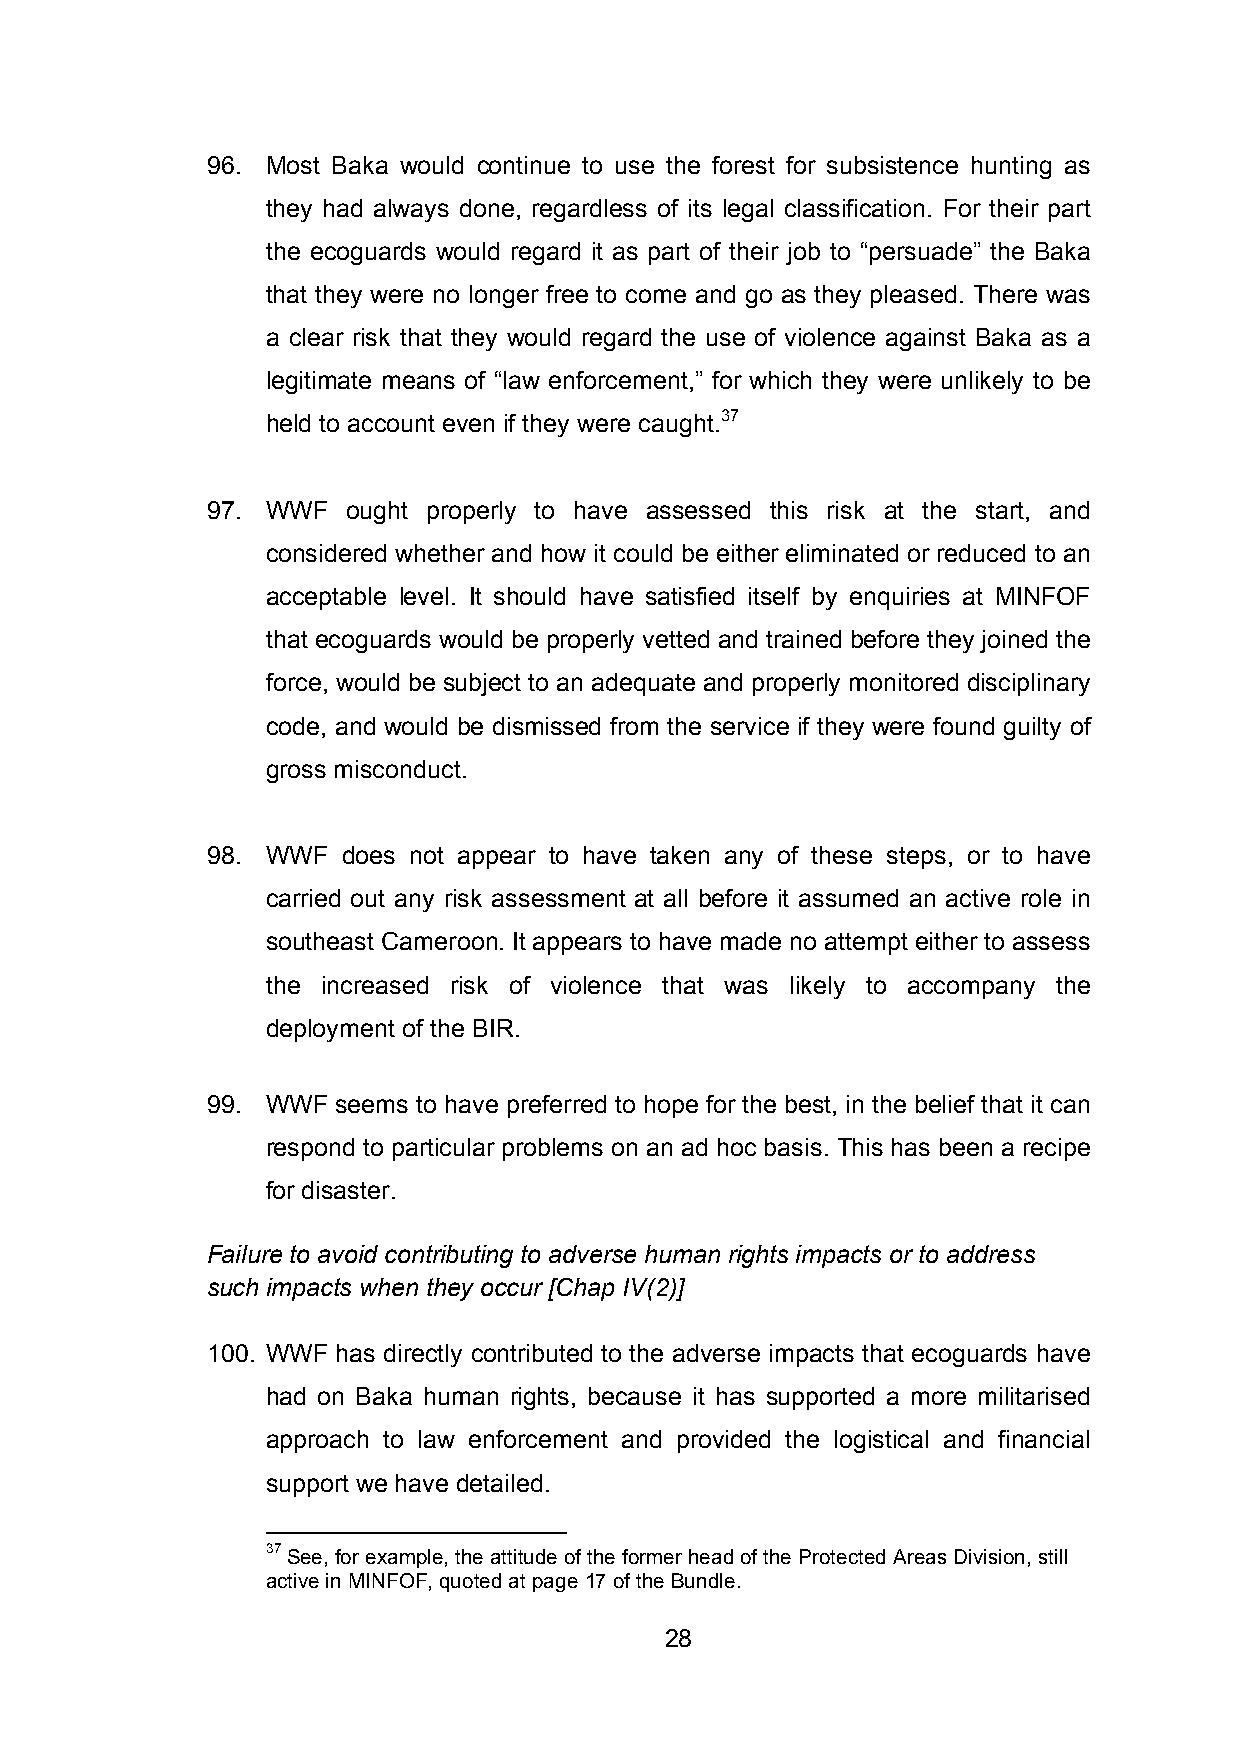
96. Most Baka would continue to use the forest for subsistence hunting as
 they had always done, regardless of its legal classification. For their part
 the ecoguards would regard it as part of their job to “persuade” the Baka
 that they were no longer free to come and go as they pleased. There was
 a clear risk that they would regard the use of violence against Baka as a
 legitimate means of “law enforcement,” for which they were unlikely to be
 held to account even if they were caught.37
 97. WWF  ought properly to have assessed this risk at the start, and
 considered whether and how it could be either eliminated or reduced to an
 acceptable level. It should have satisfied itself by enquiries at MINFOF
 that ecoguards would be properly vetted and trained before they joined the
 force, would be subject to an adequate and properly monitored disciplinary
 code, and would be dismissed from the service if they were found guilty of
 gross misconduct.
 98. WWF  does not appear to have taken any of these steps, or to have
 carried out any risk assessment at all before it assumed an active role in
 southeast Cameroon. It appears to have made no attempt either to assess
 the increased risk of violence that was likely to accompany the
 deployment of the BIR.
 99. WWF seems to have preferred to hope for the best, in the belief that it can
 respond to particular problems on an ad hoc basis. This has been a recipe
 for disaster.
 Failure to avoid contributing to adverse human rights impacts or to address
 such impacts when they occur [Chap IV(2)]
 100. WWF has directly contributed to the adverse impacts that ecoguards have
 had on Baka human rights, because it has supported a more militarised
 approach to law enforcement and provided the logistical and financial
 support we have detailed.
 37 See, for example, the attitude of the former head of the Protected Areas Division, still
 active in MINFOF, quoted at page 17 of the Bundle.
 28